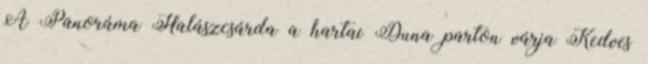
A Panoráma Halászcsárda a hartai Duna parton várja Kedves